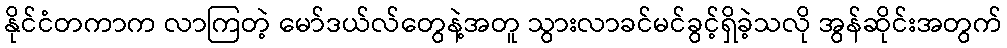
နိုင်ငံတကာက လာကြတဲ့ မော်ဒယ်လ်တွေနဲ့အတူ သွားလာခင်မင်ခွင့်ရှိခဲ့သလို အွန်ဆိုင်းအတွက်